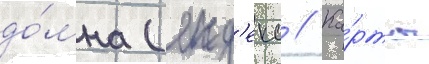
до́мна (янд'екс // Ка́рты